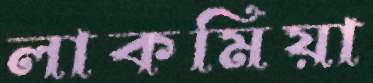
লাকমিয়া